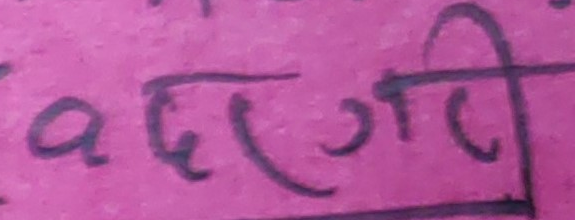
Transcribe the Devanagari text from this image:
बढगरी